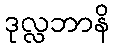
ဒုလ္လဘာနိ